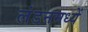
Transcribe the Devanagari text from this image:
लंडनमध्यें